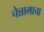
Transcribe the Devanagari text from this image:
चेन्नामाचा